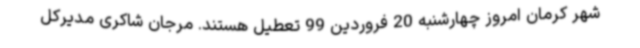
شهر کرمان امروز چهارشنبه 20 فروردین 99 تعطیل هستند. مرجان شاکری مدیرکل